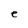
Character: e